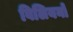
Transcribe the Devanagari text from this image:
विलियनों